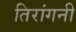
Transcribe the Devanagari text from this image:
तिरांगनी